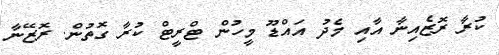
ކުރާ ރޮޒެއިނާ އާއި މެދު އައްްޑޫ މީހުން ޓްރީޓް ކުރާ ގޮތުން. ރޮޒޭނާ